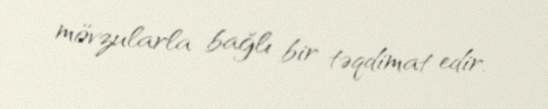
mövzularla bağlı bir təqdimat edir.